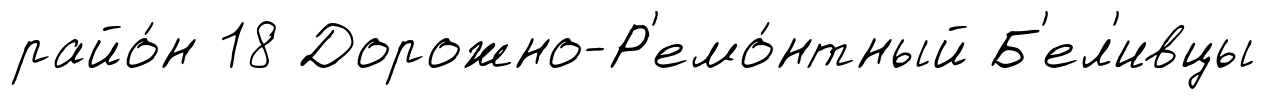
райо́н 18 Дорожно-Р'емо́нтный Б'ел'ивцы